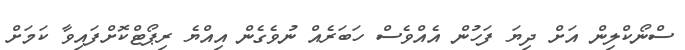
ސްނޯކްލިން އަށް ދިޔަ ފަހުން އެއްވެސް ހަބަރެއް ނުވެގެން އިއްޔެ ރިޕޯޓްކޮށްފައިވާ ކަމަށް